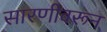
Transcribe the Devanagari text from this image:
सारणीवरून